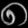
Digit: ၈